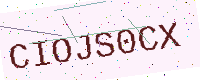
Text: CIOJS0CX